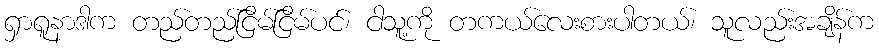
ရှာရူနာဒါက တည်တည်ငြိမ်ငြိမ်ပင်၊ ငါသူ့ကို တကယ်လေးစားပါတယ်၊ သူလည်းအချိန်က